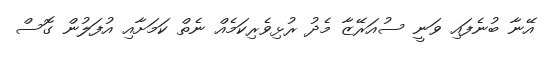
އޭނާ ބުނެފައި ވަނީ ސުއަރޭޒާ މެދު ރުޅިވެރިކަމެއް ނެތް ކަމަށާއި އުފަލުން ގޮސް